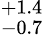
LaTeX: ^{+1.4}_{-0.7}